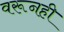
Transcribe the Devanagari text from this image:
वरूनही